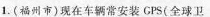
1.(福州市)现在车辆常安装GPS(全球卫